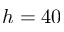
h = 4 0